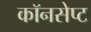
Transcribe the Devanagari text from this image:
कॉनसेप्ट